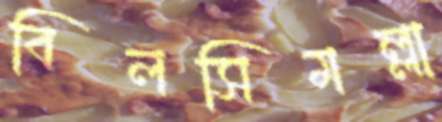
বিলসিমল্লা